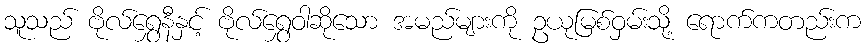
သူသည် ဗိုလ်ရွှေနီနှင့် ဗိုလ်ရွှေဝါဆိုသော အမည်များကို ဥယုမြစ်ဝှမ်းသို့ ရောက်ကတည်းက